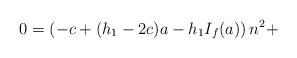
LaTeX: \begin{align*}0 = \left(-c+(h_1-2c)a-h_1 I_f(a)\right)n^2 + \end{align*}